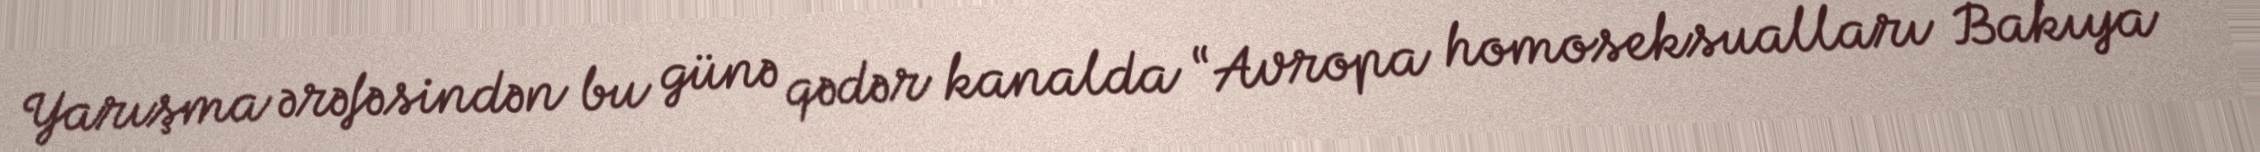
Yarışma ərəfəsindən bu günə qədər kanalda “Avropa homoseksualları Bakıya